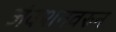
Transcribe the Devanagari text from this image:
जंक्शनवरुन